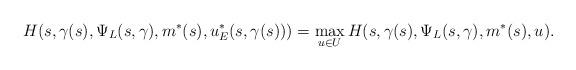
LaTeX: \begin{align*}H(s,\gamma(s),\Psi_L(s,\gamma),m^*(s),u^*_E(s,\gamma(s)))=\max_{u\in U}H(s,\gamma(s),\Psi_L(s,\gamma),m^*(s),u).\end{align*}